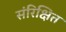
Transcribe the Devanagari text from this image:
संरिक्षित